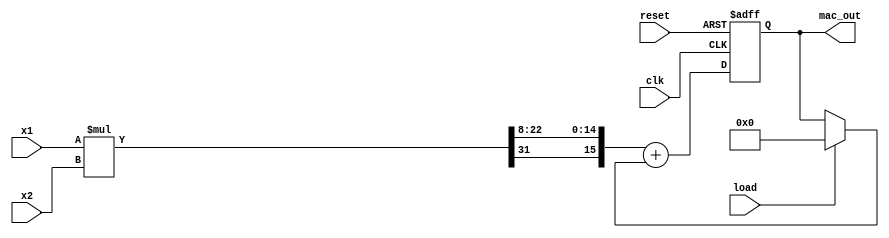
module mac (
input clk,
input reset,load,
input wire signed [15:0] x1,
input wire signed [15:0] x2,
output reg signed [15:0] mac_out
);

wire signed [31:0] multiplier_out_noiseless = x1*x2;
wire signed [15:0] multiplier_out_noisy = {multiplier_out_noiseless[31],multiplier_out_noiseless[22:8]};
// to keep the old result of the adder
reg signed [15:0] old_result;

// update the MAC output with the addition result of the old_Result and the multiplication
always @(posedge clk or posedge reset ) begin
if (reset)
mac_out=0;
else
mac_out = multiplier_out_noisy + old_result;
end
// update the old result of the adder (description of the feedback in the MAC)
always @ (mac_out,load) begin
if (load)
old_result=0;
else
old_result = mac_out;
end

endmodule